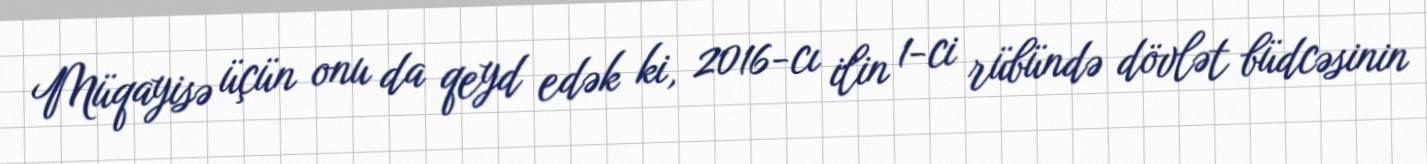
Müqayisə üçün onu da qeyd edək ki, 2016-cı ilin 1-ci rübündə dövlət büdcəsinin